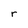
Character: r